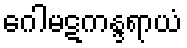
ဂေါမဋကန္ဒရာယံ